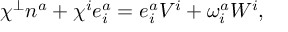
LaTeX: \chi ^ { \perp } n ^ { a } + \chi ^ { i } e _ { i } ^ { a } = e _ { i } ^ { a } V ^ { i } + \omega _ { i } ^ { a } W ^ { i } ,